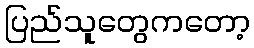
ပြည်သူတွေကတော့